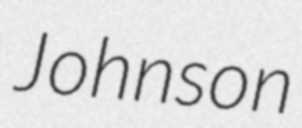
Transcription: Johnson